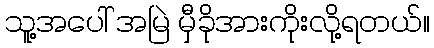
သူ့အပေါ် အမြဲ မှီခိုအားကိုးလို့ရတယ်။